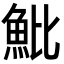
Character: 魮